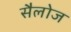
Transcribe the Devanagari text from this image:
सैलोज